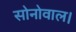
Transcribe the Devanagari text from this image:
सोनोवाल।